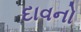
દાવનો